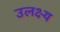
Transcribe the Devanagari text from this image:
उलक्ष्य